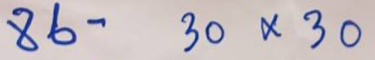
86 - 30 x 30